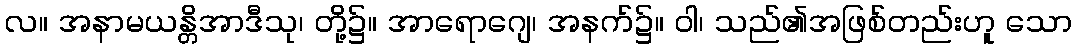
လ။ အနာမယန္တိအာဒီသု၊ တို့၌။ အာရောဂျေ၊ အနက်၌။ ဝါ၊ သည်၏အဖြစ်တည်းဟူ သော